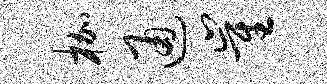
枷通崔